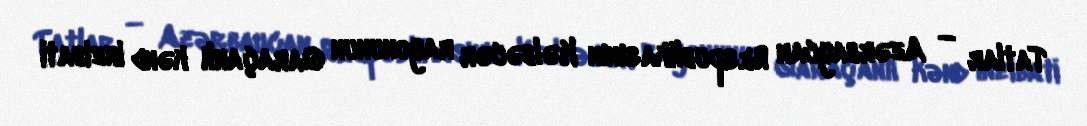
Tatlar — Azərbaycan Respublikasının Kəlbəcər rayonunun Qaraçanlı kənd inzibati